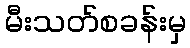
မီးသတ်စခန်းမှ